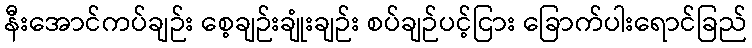
နီးအောင်ကပ်ချဉ်း စေ့ချဉ်းချုံးချဉ်း စပ်ချဉ်ပင့်ငြား ခြောက်ပါးရောင်ခြည်